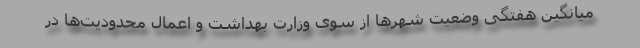
میانگین هفتگی وضعیت شهرها از سوی وزارت بهداشت و اعمال محدودیت‌ها در